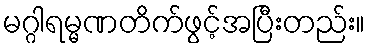
မဂ္ဂါရမ္မဏတိက်ဖွင့်အပြီးတည်း။